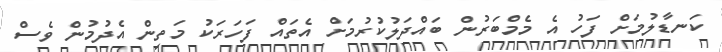
ކަނޑާލުމަށް ފަހު އެ މެމްބަރުން ބައްދަލުކުރުމަށް އެތައް ފަހަރަކު މަތިން އެދުމުން ވެސް